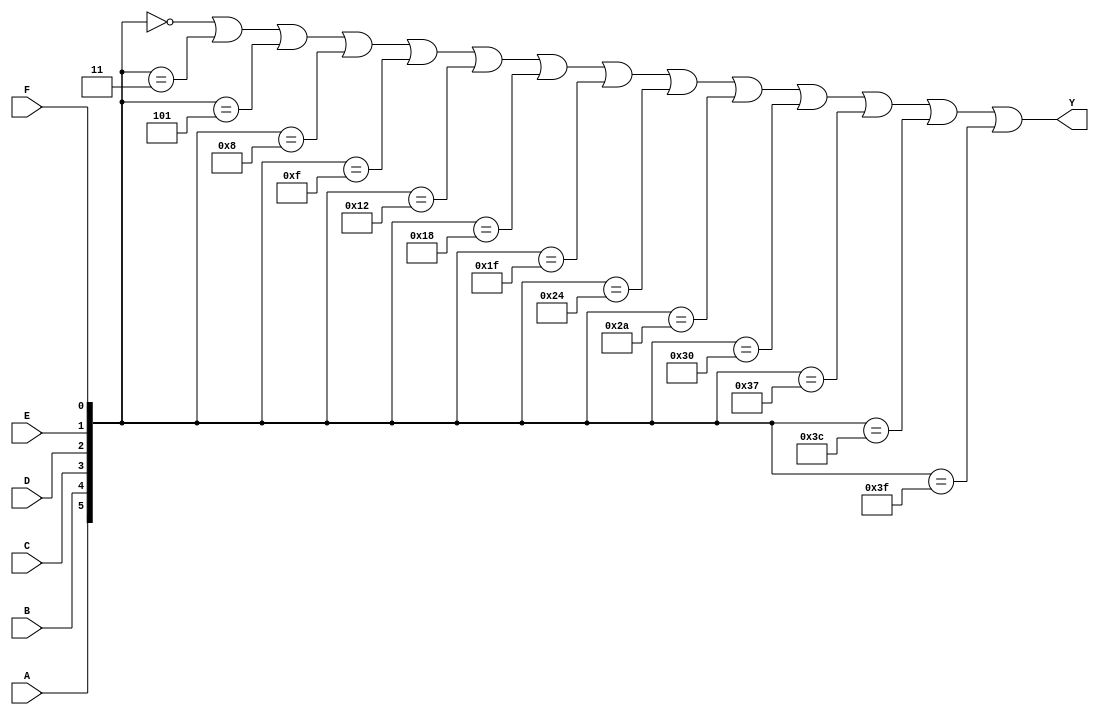
module kmap_6var (
    input wire A,  // Input variable A
    input wire B,  // Input variable B
    input wire C,  // Input variable C
    input wire D,  // Input variable D
    input wire E,  // Input variable E
    input wire F,  // Input variable F
    output wire Y  // Output Y
);

// Internal wire to represent the K-map cell index
wire [5:0] index;

// Calculate the index based on the input variables
assign index = {A, B, C, D, E, F};

// Output logic based on the K-map population
// This is where you define the truth table for your specific function
// For example, let's assume the following arbitrary K-map population:
assign Y = (index == 6'b000000) ||  // Cell 0
           (index == 6'b000011) ||  // Cell 3
           (index == 6'b000101) ||  // Cell 5
           (index == 6'b001000) ||  // Cell 8
           (index == 6'b001111) ||  // Cell 15
           (index == 6'b010010) ||  // Cell 18
           (index == 6'b011000) ||  // Cell 24
           (index == 6'b011111) ||  // Cell 31
           (index == 6'b100100) ||  // Cell 36
           (index == 6'b101010) ||  // Cell 42
           (index == 6'b110000) ||  // Cell 48
           (index == 6'b110111) ||  // Cell 55
           (index == 6'b111100) ||  // Cell 60
           (index == 6'b111111);    // Cell 63

endmodule